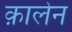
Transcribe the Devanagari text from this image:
क़ालेन